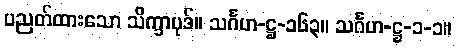
ပညတ်ထားသော သိက္ခာပုဒ်။ သင်္ဂဟ-ဋ္ဌ-၁၆၃။ သင်္ဂဟ-ဋ္ဌ-၁-၁။